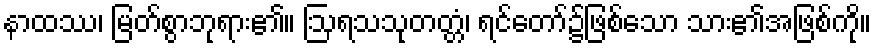
နာထဿ၊ မြတ်စွာဘုရား၏။ ဩရသသုတတ္တံ၊ ရင်တော်၌ဖြစ်သော သား၏အဖြစ်ကို။